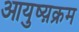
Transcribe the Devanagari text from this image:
आयुष्य़क्रम